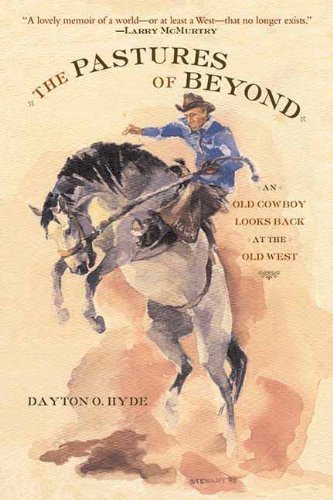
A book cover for The Pastures of Beyond: An Old Cowboy Looks Back at the Old West; Dayton O. Hyde; Biographies & Memoirs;